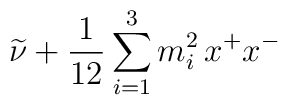
{\widetilde \nu} + \frac{1}{12}\sum_{i=1}^3 m_i^2 \, x^+ x^-